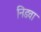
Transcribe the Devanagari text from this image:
निडवा